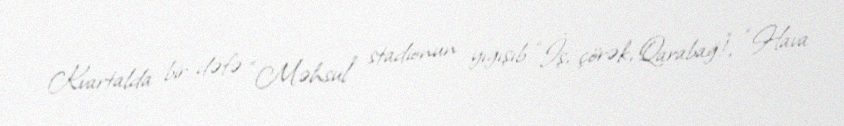
Kvartalda bir dəfə “Məhsul” stadionun yığışıb “İş, çörək, Qarabağ!”, “Hava